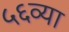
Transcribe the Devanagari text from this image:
५६व्या